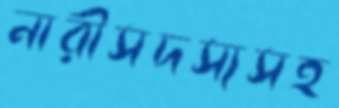
নারীসদস্যসহ